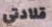
قلادتي